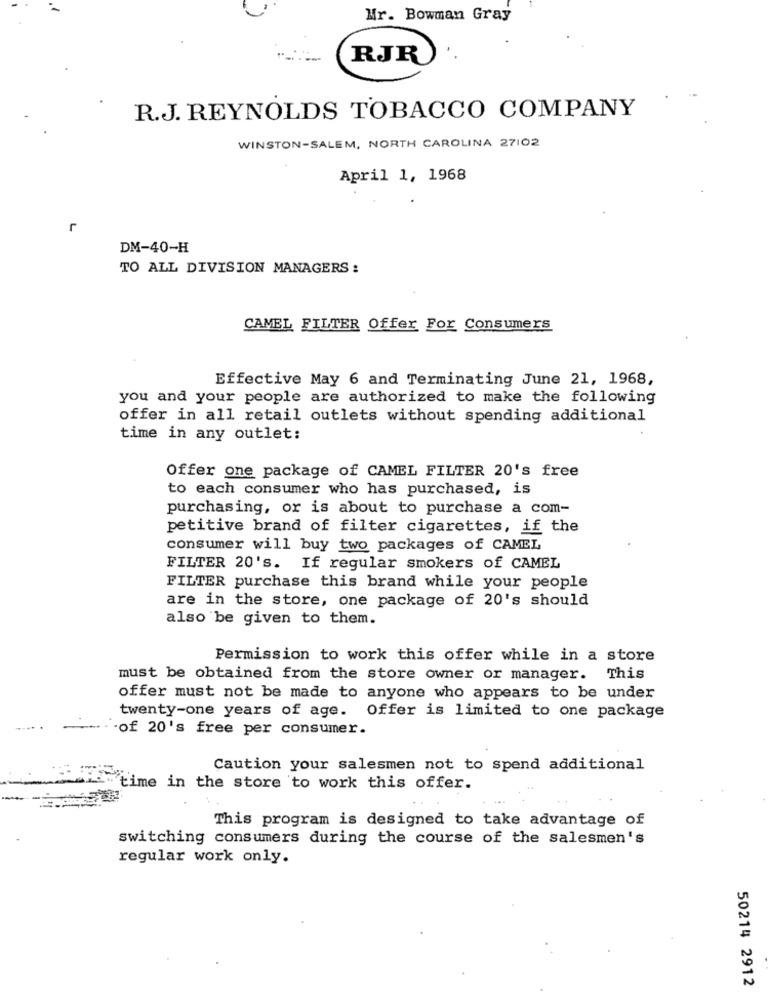
Mr. Bowman Gray
RJR
R.J. REYNOLDS TOBACCO COMPANY
WINSTON-SALEM, NORTH CAROLINA 27102
April 1, 1968
r
DM-40-H
TO ALL DIVISION MANAGERS:
CAMEL FILTER Offer For Consumers
Effective May 6 and Terminating June 21, 1968,
you and your people are authorized to make the following
offer in all retail outlets without spending additional
time in any outlet:
Offer one package of CAMEL FILTER 20's free
to each consumer who has purchased, is
purchasing, or is about to purchase a com-
petitive brand of filter cigarettes, if the
consumer will buy two packages of CAMEL
FILTER 20's. If regular smokers of CAMEL
FILTER purchase this brand while your people
are in the store, one package of 20's should
also be given to them.
Permission to work this offer while in a store
must be obtained from the store owner or manager. This
offer must not be made to anyone who appears to be under
twenty-one years of age. Offer is limited to one package
of 20's free per consumer.
Caution your salesmen not to spend additional
time in the store to work this offer.
This program is designed to take advantage of
switching consumers during the course of the salesmen's
regular work only.
50214 2912